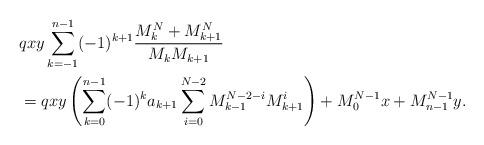
LaTeX: \begin{align*}&qxy\sum_{k=-1}^{n-1}(-1)^{k+1}\frac{M_k^{N}+M_{k+1}^{N}}{M_kM_{k+1}}\\&=qxy\left(\sum_{k=0}^{n-1}(-1)^ka_{k+1}\sum_{i=0}^{N-2}M_{k-1}^{N-2-i}M_{k+1}^i\right)+M_0^{N-1}x+M_{n-1}^{N-1}y.\end{align*}